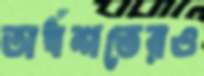
অর্ধশতেরও